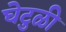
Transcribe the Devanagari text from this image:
घेटुळी